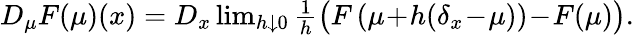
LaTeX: \begin{array}{r}{D_{\mu}F(\mu)(x)=D_{x}\operatorname*{lim}_{h\downarrow 0}\frac{1}{h}\big(F\left(\mu\! +\! h(\delta_{x}\! -\! \mu)\right)\! -\! F(\mu)\big).}\end{array}